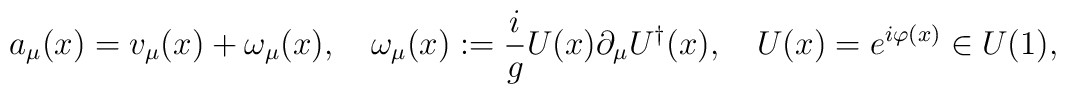
a_\mu(x) = v_\mu(x) + \omega_\mu(x), \quad \omega_\mu(x) := {i \over g} U(x) \partial_\mu U^\dagger (x) ,\quad U(x) = e^{i\varphi(x)} \in U(1) ,